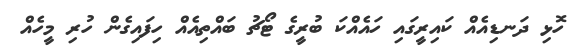
ހޮޅި ދަނޑިއެއް ކައިރީގައި ހައެއްކަ ބުރީގެ ޓޯޗު ބައްތިއެއް ހިފައިގެން ހުރި މީހެއް